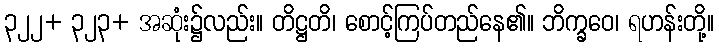
၃၂၂+ ၃၂၃+ အဆုံး၌လည်း။ တိဋ္ဌတိ၊ စောင့်ကြပ်တည်နေ၏။ ဘိက္ခဝေ၊ ရဟန်းတို့။